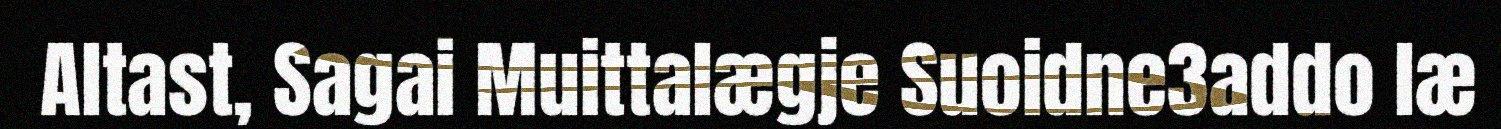
Altast, Sagai Muittalægje Suoidne3addo læ